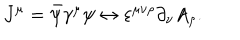
LaTeX: J ^ { \mu } = \bar { \psi } \gamma ^ { \mu } \psi \leftrightarrow \varepsilon ^ { \mu \nu \rho } \partial _ { \nu } A _ { \rho } .